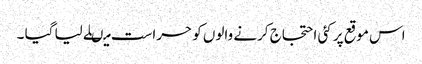
اس موقع پر کئی احتجاج کرنے والوں کو حراست میںلے لیا گیا ۔